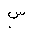
Letter: _sin